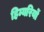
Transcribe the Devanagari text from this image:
हिम्यरियों